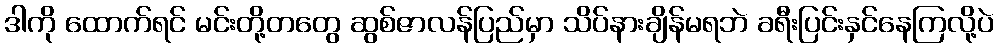
ဒါကို ထောက်ရင် မင်းတို့တတွေ ဆွစ်ဇာလန်ပြည်မှာ သိပ်နားချိန်မရဘဲ ခရီးပြင်းနှင်နေကြလို့ပဲ